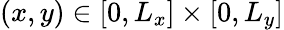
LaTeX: (x,y)\in[0,L_{x}]\times[0,L_{y}]